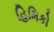
હિમિકો